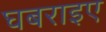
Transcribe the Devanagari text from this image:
घबराइए